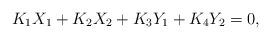
LaTeX: \begin{align*}K_1X_1+K_2X_2+K_3Y_1+K_4Y_2=0,\end{align*}